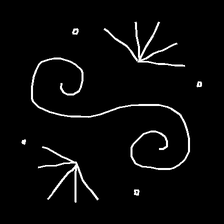
Glyph: aeroform